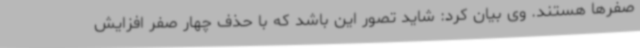
صفرها هستند. وی بیان کرد: شاید تصور این باشد که با حذف چهار صفر افزایش